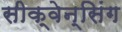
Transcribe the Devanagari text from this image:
सीक्वेन्सिंग